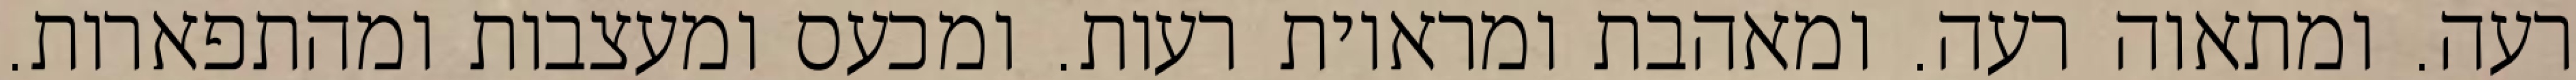
רעה. ומתאוה רעה. ומאהבת ומראיות רעות. ומכעס ומעצבות ומהתפארות.